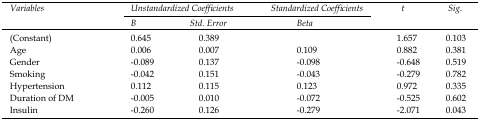
<table><thead><tr><td rowspan="2"><b><i>Variables</i></b></td><td colspan="2"><b><i>Unstandardized Coefficients</i></b></td><td><b><i>Standardized Coefficients</i></b></td><td rowspan="2"><b><i>t</i></b></td><td rowspan="2"><b><i>Sig.</i></b></td></tr><tr><td><b><i>B</i></b></td><td><b><i>Std. Error</i></b></td><td><b><i>Beta</i></b></td></tr></thead><tbody><tr><td>(Constant)</td><td>0.645</td><td>0.389</td><td></td><td>1.657</td><td>0.103</td></tr><tr><td>Age</td><td>0.006</td><td>0.007</td><td>0.109</td><td>0.882</td><td>0.381</td></tr><tr><td>Gender</td><td>-0.089</td><td>0.137</td><td>-0.098</td><td>-0.648</td><td>0.519</td></tr><tr><td>Smoking</td><td>-0.042</td><td>0.151</td><td>-0.043</td><td>-0.279</td><td>0.782</td></tr><tr><td>Hypertension</td><td>0.112</td><td>0.115</td><td>0.123</td><td>0.972</td><td>0.335</td></tr><tr><td>Duration of DM</td><td>-0.005</td><td>0.010</td><td>-0.072</td><td>-0.525</td><td>0.602</td></tr><tr><td>Insulin</td><td>-0.260</td><td>0.126</td><td>-0.279</td><td>-2.071</td><td><i>0.043</i></td></tr></tbody></table>